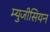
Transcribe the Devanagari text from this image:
म्युजीसियन